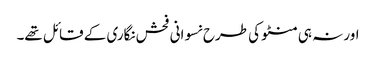
اور نہ ہی منٹو کی طرح نسوانی فحش نگاری کے قائل تھے۔